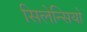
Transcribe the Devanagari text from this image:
सिलेन्सियो